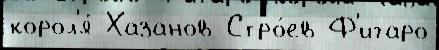
корол'я́ Хазанов Стро́ев Ф'игаро